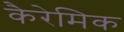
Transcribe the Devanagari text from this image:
कैरेमिक